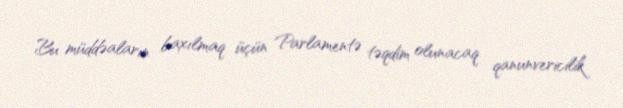
Bu müddəaların baxılmaq üçün Parlamentə təqdim olunacaq qanunvericilik